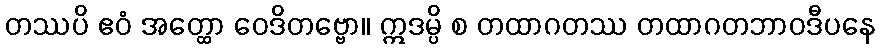
တဿပိ ဧဝံ အတ္ထော ဝေဒိတဗ္ဗော။ ဣဒမ္ပိ စ တထာဂတဿ တထာဂတဘာဝဒီပနေ